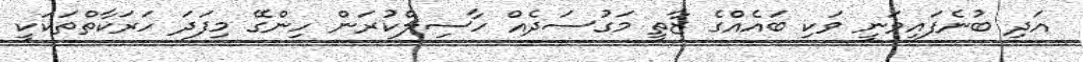
އަދި ބުނެފައިވަނީ ވަކި ބައެއްގެ ޒާތީ މަގުސަދެއް ހާސިލްކުރަން ހިންގޭ މިފަދަ ހަރަކާތްތަކަކީ